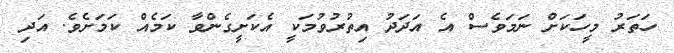
ހަތަރު މީހަކަށް ނަމަވެސް އެ އަދަދު އިތުރުވުމަކީ އެކަށީގެންވާ ކަމެއް ކަމަށެވެ. އަދި